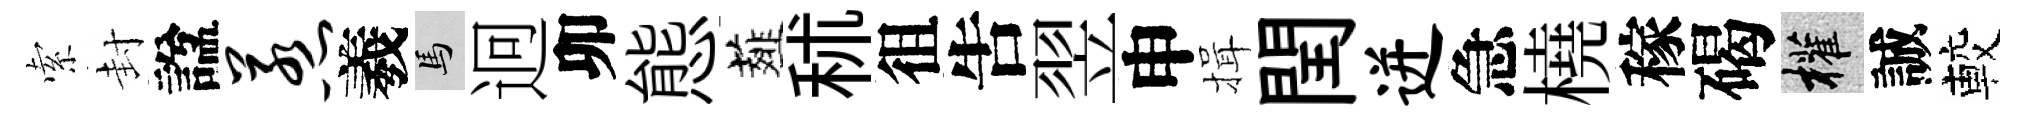
索封諡惹羲馬迥卯態薤秫徂吿翌申揖閏迸急橈稼碣權誠較